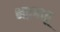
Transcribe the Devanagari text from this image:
भद्रबाहू